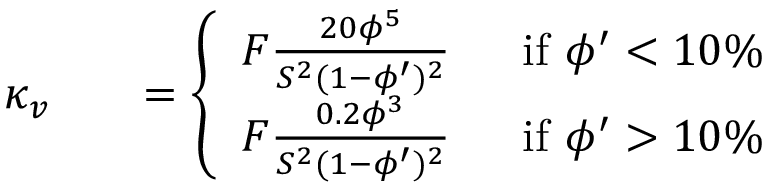
\begin{array} { r l r } { \kappa _ { v } } & { } & { = \left\{ \begin{array} { l l } { F \frac { 2 0 \phi ^ { 5 } } { S ^ { 2 } ( 1 - \phi ^ { \prime } ) ^ { 2 } } \; \; } & { \mathrm { i f ~ } \phi ^ { \prime } < 1 0 \% } \\ { F \frac { 0 . 2 \phi ^ { 3 } } { S ^ { 2 } ( 1 - \phi ^ { \prime } ) ^ { 2 } } \; \; } & { \mathrm { i f ~ } \phi ^ { \prime } > 1 0 \% } \end{array} \right. } \end{array}